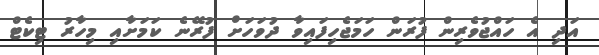
އަދި އެ ހައްޖުވެރިން ފުރަން ހަމަޖެހިފައިވާ ދުވަހަށް ފުރޭނެ ކަމަށާއި މިހާރު ޓިކެޓް